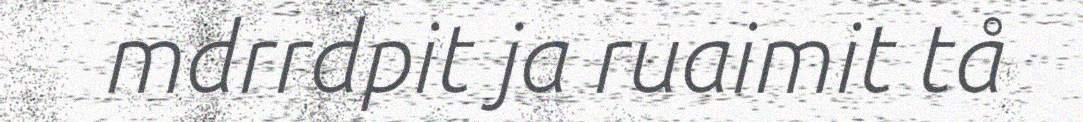
mdrrdpit ja ruaimit tå